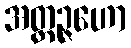
အတ္တဉ္ဇဟော